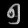
Digit: ၅